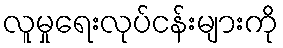
လူမှုရေးလုပ်ငန်းများကို